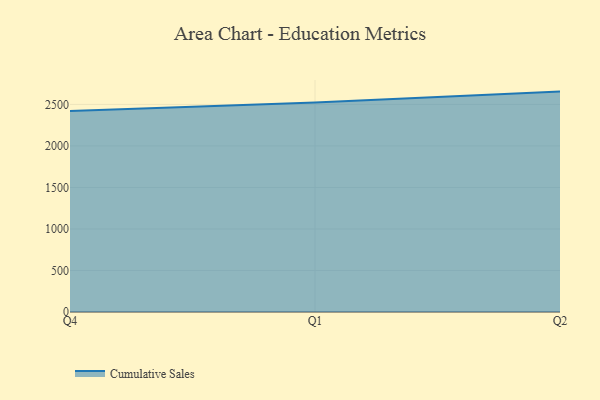
{"axis": {"x": "Quarter", "y": "Operating Costs (USD K)"}, "legend": ["Cumulative Sales"], "data": [{"x": "Q4", "y": 2421.7, "type": "Cumulative Sales"}, {"x": "Q1", "y": 2522.8, "type": "Cumulative Sales"}, {"x": "Q2", "y": 2654.3, "type": "Cumulative Sales"}]}